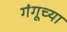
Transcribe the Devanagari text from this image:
गंगूच्या